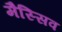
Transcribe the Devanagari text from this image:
मैस्सिव